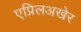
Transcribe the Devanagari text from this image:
एप्रिलअखेर